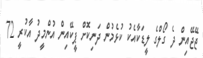
ޖޭޖޭއިން ދެ ގޯލްގެ ލީޑަކާއެކު ކުޅެމުން ދަނިކޮށް ޕީކޭއިން އުންމީދު އާކުރީ 72